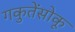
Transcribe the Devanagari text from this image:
गकुतेंसोकू